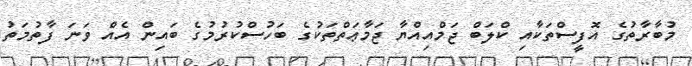
މުބާރާތުގެ އޮފީސްތަކާއި ކްލަބް ޖަމްއިއްޔާ ޖަމާޢަތްތަކުގެ ބަހުސްކުރުމުގެ ބައިން އެއް ވަނަ ފާތުމަތު